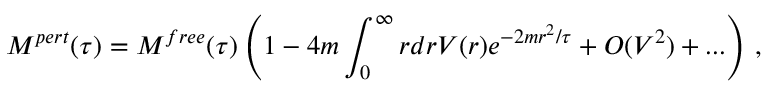
M ^ { p e r t } ( \tau ) = M ^ { f r e e } ( \tau ) \left( 1 - 4 m \int _ { 0 } ^ { \infty } r d r V ( r ) e ^ { - 2 m r ^ { 2 } / \tau } + O ( V ^ { 2 } ) + . . . \right) \, ,